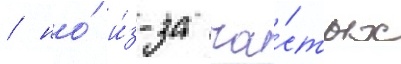
/ но́ и́з-за ча́стых